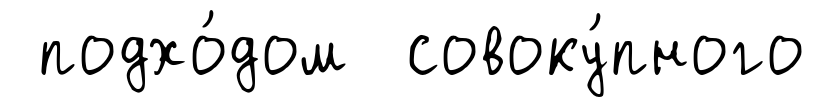
подхо́дом совоку́пного